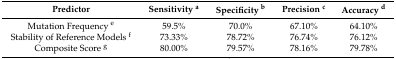
<table><thead><tr><td><b>Predictor</b></td><td><b>Sensitivity <sup>a</sup></b></td><td><b>Specificity <sup>b</sup></b></td><td><b>Precision <sup>c</sup></b></td><td><b>Accuracy <sup>d</sup></b></td></tr></thead><tbody><tr><td>Mutation Frequency <sup>e</sup></td><td>59.5%</td><td>70.0%</td><td>67.10%</td><td>64.10%</td></tr><tr><td>Stability of Reference Models <sup>f</sup></td><td>73.33%</td><td>78.72%</td><td>76.74%</td><td>76.12%</td></tr><tr><td>Composite Score <sup>g</sup></td><td>80.00%</td><td>79.57%</td><td>78.16%</td><td>79.78%</td></tr></tbody></table>